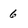
Character: 6